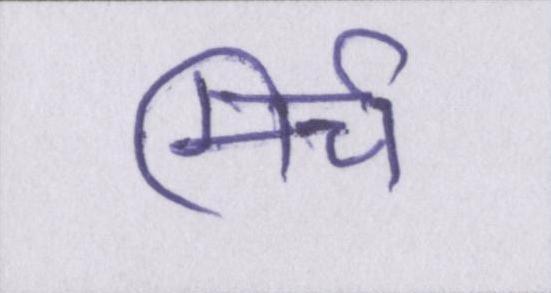
मिर्च